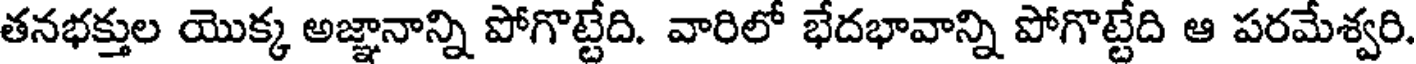
తనభక్తుల యొక్క అజ్ఞానాన్ని పోగొట్టేది. వారిలో భేదభావాన్ని పోగొట్టేది ఆ పరమేశ్వరి